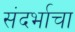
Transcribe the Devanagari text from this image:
संदर्भाचा